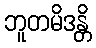
ဘူတမိဒန္တိ